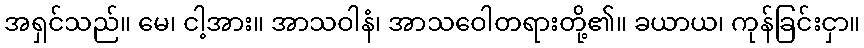
အရှင်သည်။ မေ၊ ငါ့အား။ အာသဝါနံ၊ အာသဝေါတရားတို့၏။ ခယာယ၊ ကုန်ခြင်းငှာ။